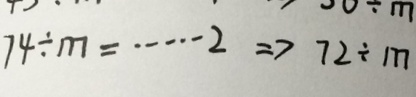
7 4 \div m = \cdots 2 \Rightarrow 7 2 \div m